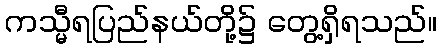
ကသ္မီရပြည်နယ်တို့၌ တွေ့ရှိရသည်။